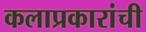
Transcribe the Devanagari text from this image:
कलाप्रकारांची